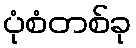
ပုံစံတစ်ခု